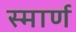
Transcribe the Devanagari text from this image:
स्मार्ण